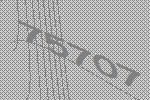
75707